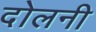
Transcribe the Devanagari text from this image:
दोलनी